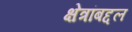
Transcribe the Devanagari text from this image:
क्षेत्रांबद्दल